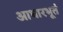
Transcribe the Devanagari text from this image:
आधारभूतं